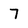
Character: 7